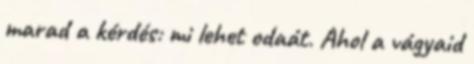
marad a kérdés: mi lehet odaát. Ahol a vágyaid